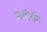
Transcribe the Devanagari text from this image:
मर्सेलीन